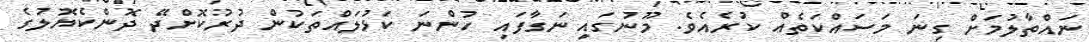
ނައްތާލުމަށް ގިނަ މަސައްކަތެއް ކުރެއެވެ. މޫނުގައި ނަގާފައި ހުންނަ ކަޅުލައްތަކުން ދުރުކޮށްދޭ ދޮންކެޔޮލުގެ